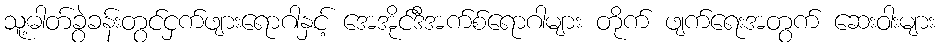
သူ့ဓါတ်ခွဲခန်းတွင်ငှက်ဖျားရောဂါနှင့် အေအိုင်ဒီအက်စ်ရောဂါများ တိုက် ဖျက်ရေးအတွက် ဆေးဝါးများ